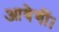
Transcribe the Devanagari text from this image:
आयेगीं।